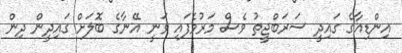
އިންޑިއާގެ ގައިދީ ސަރަބްޖީތު ވެސް މަރުވެފައި ވަނީ އޭނާގެ ބޮލަށް ގައިދީން ދިން